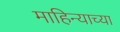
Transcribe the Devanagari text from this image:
माहिन्याच्या